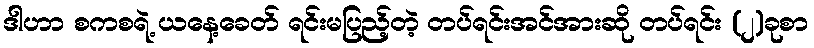
ဒါဟာ စကစရဲ့ ယနေ့ခေတ် ရင်းမပြည့်တဲ့ တပ်ရင်းအင်အားဆို တပ်ရင်း (၂)ခုစာ